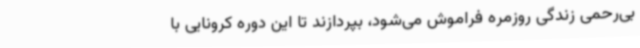
بی‌رحمی زندگی روزمره فراموش می‌شود، بپردازند تا این دوره کرونایی با